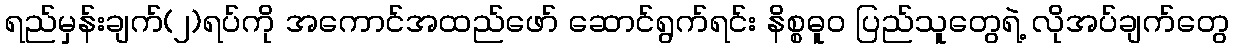
ရည်မှန်းချက်(၂)ရပ်ကို အကောင်အထည်ဖော် ဆောင်ရွက်ရင်း နိစ္စဓူဝ ပြည်သူတွေရဲ့ လိုအပ်ချက်တွေ